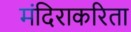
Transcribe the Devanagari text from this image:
मंदिराकरिता